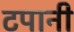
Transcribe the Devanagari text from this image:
टिंपानी